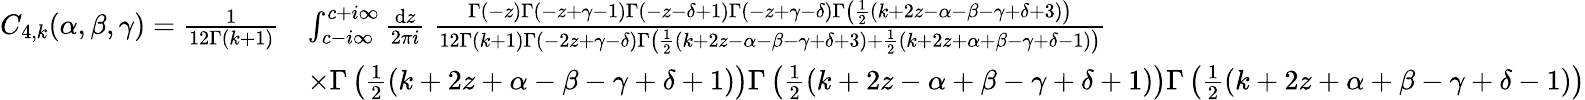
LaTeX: \begin{array}{rl}{C_{4,k}(\alpha,\beta,\gamma)=\frac{1}{12\Gamma(k+1)}}&{\int_{c-i\infty}^{c+i\infty}\frac{\mathrm{d}z}{2\pi i}\; \frac{\Gamma(-z)\Gamma(-z+\gamma-1)\Gamma(-z-\delta+1)\Gamma(-z+\gamma-\delta)\Gamma\left(\frac{1}{2}(k+2z-\alpha-\beta-\gamma+\delta+3)\right)}{12\Gamma(k+1)\Gamma(-2z+\gamma-\delta)\Gamma\left(\frac{1}{2}(k+2z-\alpha-\beta-\gamma+\delta+3)+\frac{1}{2}(k+2z+\alpha+\beta-\gamma+\delta-1)\right)}}\\ &{\times\Gamma\left(\frac{1}{2}(k+2z+\alpha-\beta-\gamma+\delta+1)\right)\Gamma\left(\frac{1}{2}(k+2z-\alpha+\beta-\gamma+\delta+1)\right)\Gamma\left(\frac{1}{2}(k+2z+\alpha+\beta-\gamma+\delta-1)\right)}\end{array}